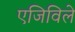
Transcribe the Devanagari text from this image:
एजिविले